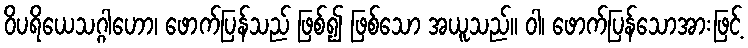
ဝိပရိယေသဂ္ဂါဟော၊ ဖောက်ပြန်သည် ဖြစ်၍ ဖြစ်သော အယူသည်။ ဝါ၊ ဖောက်ပြန်သောအားဖြင့်